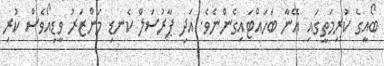
ބޯއީގެ ކުރިމަތީގައި އޭނާ ބަހައްޓައިގެންނެވެ. އަދި ޕާރުސަލް ކެނޑި މަންޒަރު ވީޑިއޯވެސް ކުރި